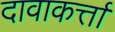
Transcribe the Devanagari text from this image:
दावाकर्त्ता